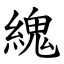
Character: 䌆